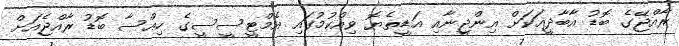
ރާއްޖޭގެ ބޮޑު އާބާދީއަކަށް އިންޖީނާއި އަޑީތެޔޮ ވިއްކުމުގައި އެމްޓީސީސީގެ ހިއްސާ ބޮޑު ރާއްޖެއަށް